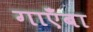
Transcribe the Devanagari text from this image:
गाएँबा